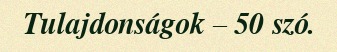
Tulajdonságok – 50 szó.